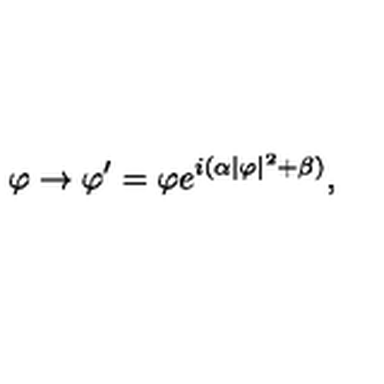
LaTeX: \varphi \rightarrow \varphi ^ { \prime } = \varphi e ^ { i ( \alpha | \varphi | ^ { 2 } + \beta ) } ,